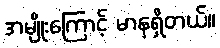
အမျိုးကြောင့် မာနရှိတယ်။